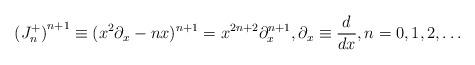
LaTeX: \begin{align*}{(J^+_n)}^{n+1} \equiv (x^2 \partial_x - n x)^{n+1} =x^{2n+2}\partial_x^{n+1} , \partial_x \equiv {d \over dx}, n=0,1,2,\ldots\end{align*}